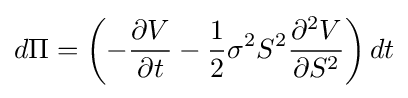
d\Pi =\left(-{\frac {\partial V}{\partial t}}-{\frac {1}{2}}\sigma ^{2}S^{2}{\frac {\partial ^{2}V}{\partial S^{2}}}\right)dt